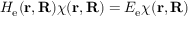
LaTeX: H _ { \mathrm { e } } ( \mathbf { r } , \mathbf { R } ) \chi ( \mathbf { r } , \mathbf { R } ) = E _ { \mathrm { e } } \chi ( \mathbf { r } , \mathbf { R } )